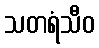
သတရံသီဝ